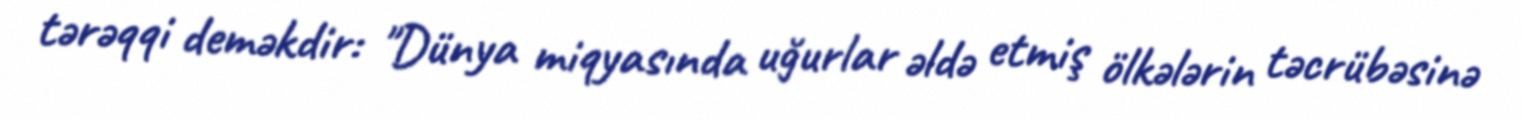
tərəqqi deməkdir: "Dünya miqyasında uğurlar əldə etmiş ölkələrin təcrübəsinə